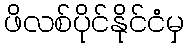
ဖိလစ်ပိုင်နိုင်ငံမှ